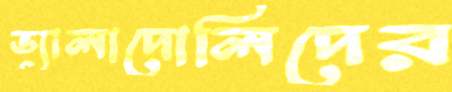
ভ্যালাদোলিদের